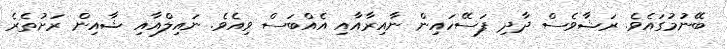
ބޭނުމުގައެވެ. ރަޝާވެސް ދާދި ފަސޭހައިން ނާއިރާއާއި އެއްބަސް ވިއެވެ. ނައިލްއާއި ޝާއިން ރަށުތެރެ